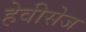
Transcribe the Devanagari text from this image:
हेवीसेज